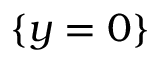
\{ y = 0 \}